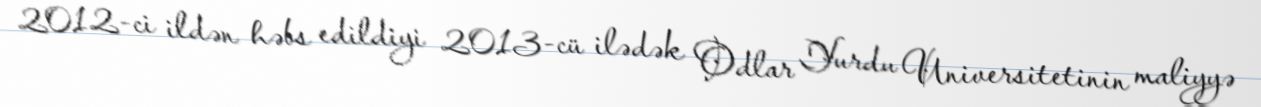
2012-ci ildən həbs edildiyi 2013-cü ilədək Odlar Yurdu Universitetinin maliyyə